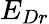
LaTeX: E_{Dr}